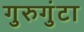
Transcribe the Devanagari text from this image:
गुरुगुंटा